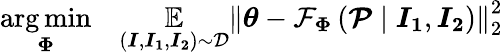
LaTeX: \begin{array}{rl}{\underset{\boldsymbol{\Phi}}{\arg\operatorname*{min}}}&{{}\underset{\left(\boldsymbol{I},\boldsymbol{I_{1}},\boldsymbol{I_{2}}\right)\sim\mathcal{D}}{\mathbb{E}}\left\| \boldsymbol{\theta}-\mathcal{F}_{\boldsymbol{\Phi}}\left(\boldsymbol{\mathcal{P}}\mid\boldsymbol{I_{1}},\boldsymbol{I_{2}}\right)\right\| _{2}^{2}}\end{array}